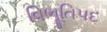
વિભૂતિપદ